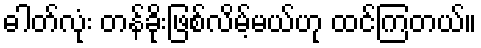
ဓါတ်လုံး တန်ခိုးဖြစ်လိမ့်မယ်ဟု ထင်ကြတယ်။